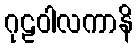
ဂုဠဝါလကာနိ